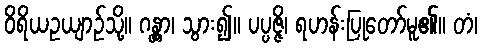
ဝိရိယဥယျာဉ်သို့။ ဂန္တွာ၊ သွား၍။ ပပ္ပဇ္ဇိ၊ ရဟန်းပြုတော်မူ၏။ တံ၊